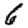
Digit: 6